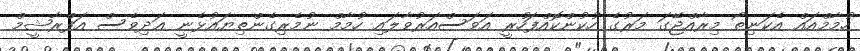
ހުމާމްއައް އެކަނިތޯ މިރާއްޖޭގަ މަރުގެ ހުކުންކޮއްފަހުރީ އަވަސްއަރުވާލައި ހުމާމް ނުމެރިގެންތިޔައުޅެނީ ޢަދިވެސް އަފްރާޝީމް